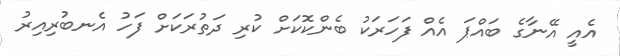
އެއީ އޭނާގެ ބައްޕަ އެއް ފަހަރަކު ބެންކޮކަށް ކުރި ދަތުރަކަށް ފަހު އެނބުރިއިރު